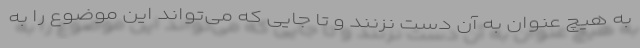
به هیچ عنوان به آن دست نزنند و تا جایی که می‌تواند این موضوع را به